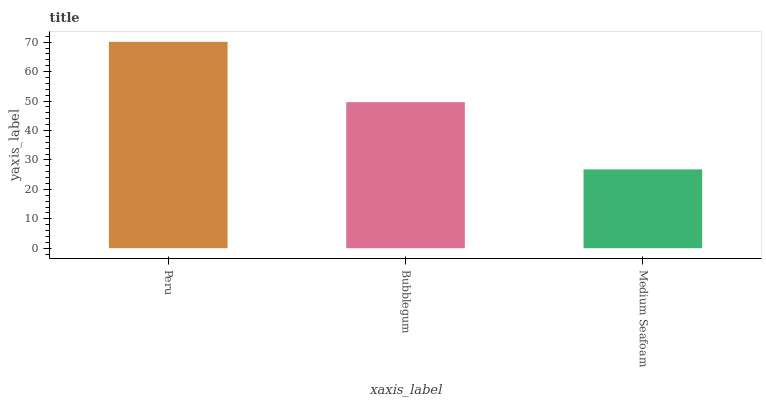
| xaxis_label | bars |
 | --- | --- |
 | Peru | 70.1 |
 | Bubblegum | 49.6 |
 | Medium Seafoam | 26.8 |